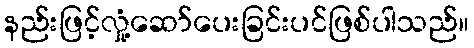
နည်းဖြင့်လှုံ့ဆော်ပေးခြင်းပင်ဖြစ်ပါသည်။